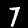
Label: 7